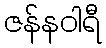
ဇန်နဝါရီ